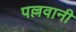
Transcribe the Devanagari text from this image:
पल्लवानी